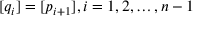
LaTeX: [ q _ { i } ] = [ p _ { i + 1 } ] , i = 1 , 2 , \dots , n - 1